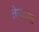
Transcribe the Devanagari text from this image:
तेज़दस्त